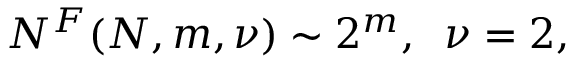
{ \cal N } ^ { F } ( N , m , \nu ) \sim 2 ^ { m } , \; \; \nu = 2 ,